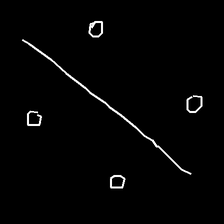
Glyph: cool